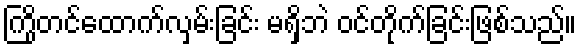
ကြိုတင်ထောက်လှမ်းခြင်း မရှိဘဲ ဝင်တိုက်ခြင်းဖြစ်သည်။